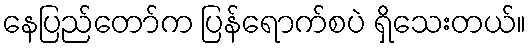
နေပြည်တော်က ပြန်ရောက်စပဲ ရှိသေးတယ်။